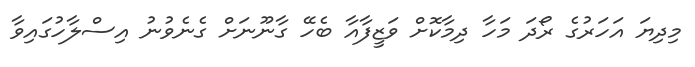
މިދިޔަ އަހަރުގެ ރޯދަ މަހާ ދިމާކޮށް ވަޒީފާއާ ބެހޭ ގާނޫނަށް ގެނެވުނު އިސްލާހުގައިވާ